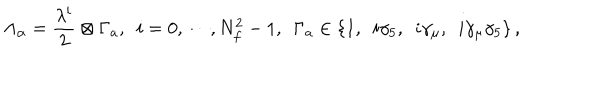
LaTeX: \Lambda _ { \alpha } = { \frac { \lambda ^ { i } } { 2 } } \otimes \Gamma _ { a } , ~ ~ i = 0 , \cdots , N _ { f } ^ { 2 } - 1 , ~ ~ \Gamma _ { a } \in \{ 1 , ~ ~ i \gamma _ { 5 } , ~ ~ i \gamma _ { \mu } , ~ ~ i \gamma _ { \mu } \gamma _ { 5 } \} \, ,